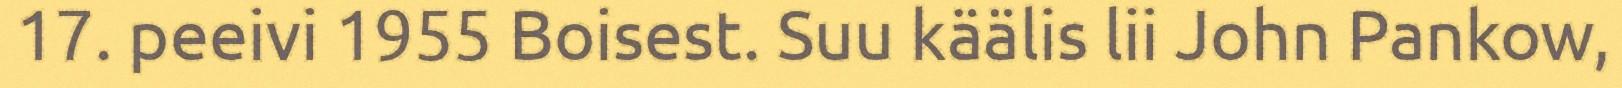
17. peeivi 1955 Boisest. Suu käälis lii John Pankow,